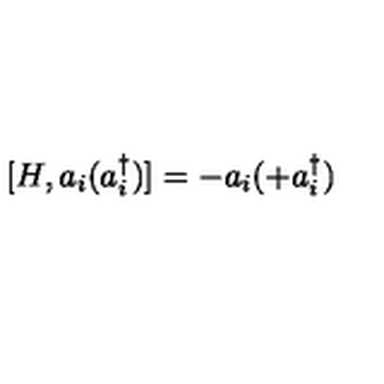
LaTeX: [ H , a _ { i } ( a _ { i } ^ { \dagger } ) ] = - a _ { i } ( + a _ { i } ^ { \dagger } )